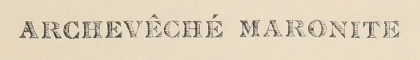
ARCHEVÊCHÉ MARONITE